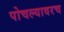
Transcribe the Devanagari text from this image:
पोचल्यावरच